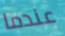
عندما